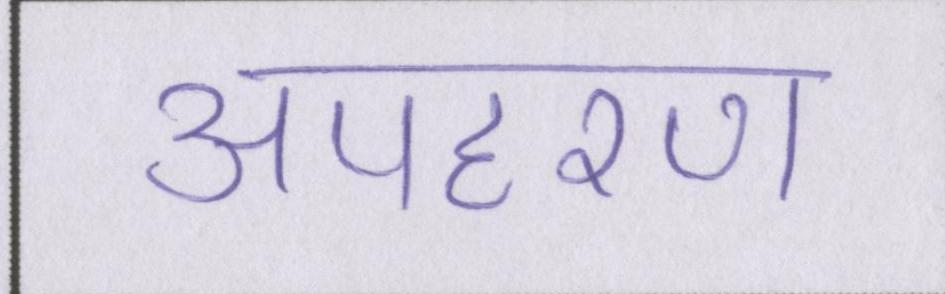
अपहरण